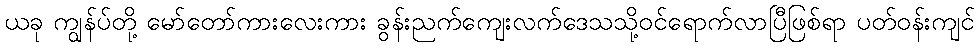
ယခု ကျွန်ပ်တို့ မော်တော်ကားလေးကား ခွန်းညက်ကျေးလက်ဒေသသို့ဝင်ရောက်လာပြီဖြစ်ရာ ပတ်ဝန်းကျင်